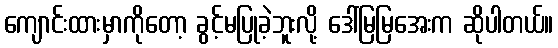
ကျောင်းထားမှာကိုတော့ ခွင့်မပြုခဲ့ဘူးလို့ ဒေါ်မြမြအေးက ဆိုပါတယ်။